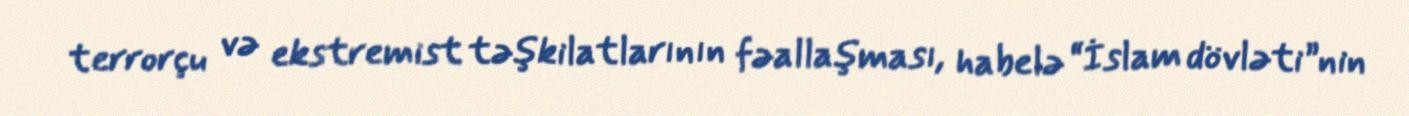
terrorçu və ekstremist təşkilatlarının fəallaşması, habelə “İslam dövləti”nin